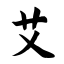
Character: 艾